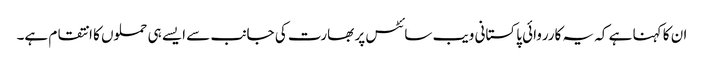
ان کا کہنا ہے کہ یہ کارروائی پاکستانی ویب سائٹس پر بھارت کی جانب سے ایسے ہی حملوں کا انتقام ہے۔